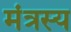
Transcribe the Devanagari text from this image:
मंत्रस्य